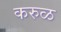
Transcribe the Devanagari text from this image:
करुळ